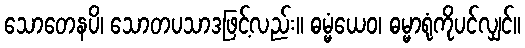
သောတေနပိ၊ သောတပသာဒဖြင့်လည်း။ ဓမ္မံယေဝ၊ ဓမ္မာရုံကိုပင်လျှင်။